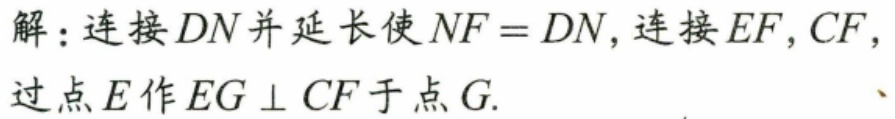
解：连接 \(DN\) 并延长使 \(NF = DN\)，连接 \(EF,CF\)，
过点 \(E\) 作 \(EG\perp CF\) 于点 \(G\).